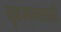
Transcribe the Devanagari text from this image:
बृहन्‌मराठी